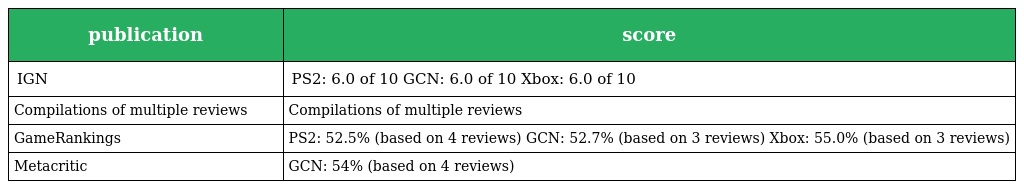
| publication | score |
 | --- | --- |
 | IGN | PS2: 6.0 of 10 GCN: 6.0 of 10 Xbox: 6.0 of 10 |
 | Compilations of multiple reviews | Compilations of multiple reviews |
 | GameRankings | PS2: 52.5% (based on 4 reviews) GCN: 52.7% (based on 3 reviews) Xbox: 55.0% (based on 3 reviews) |
 | Metacritic | GCN: 54% (based on 4 reviews) |